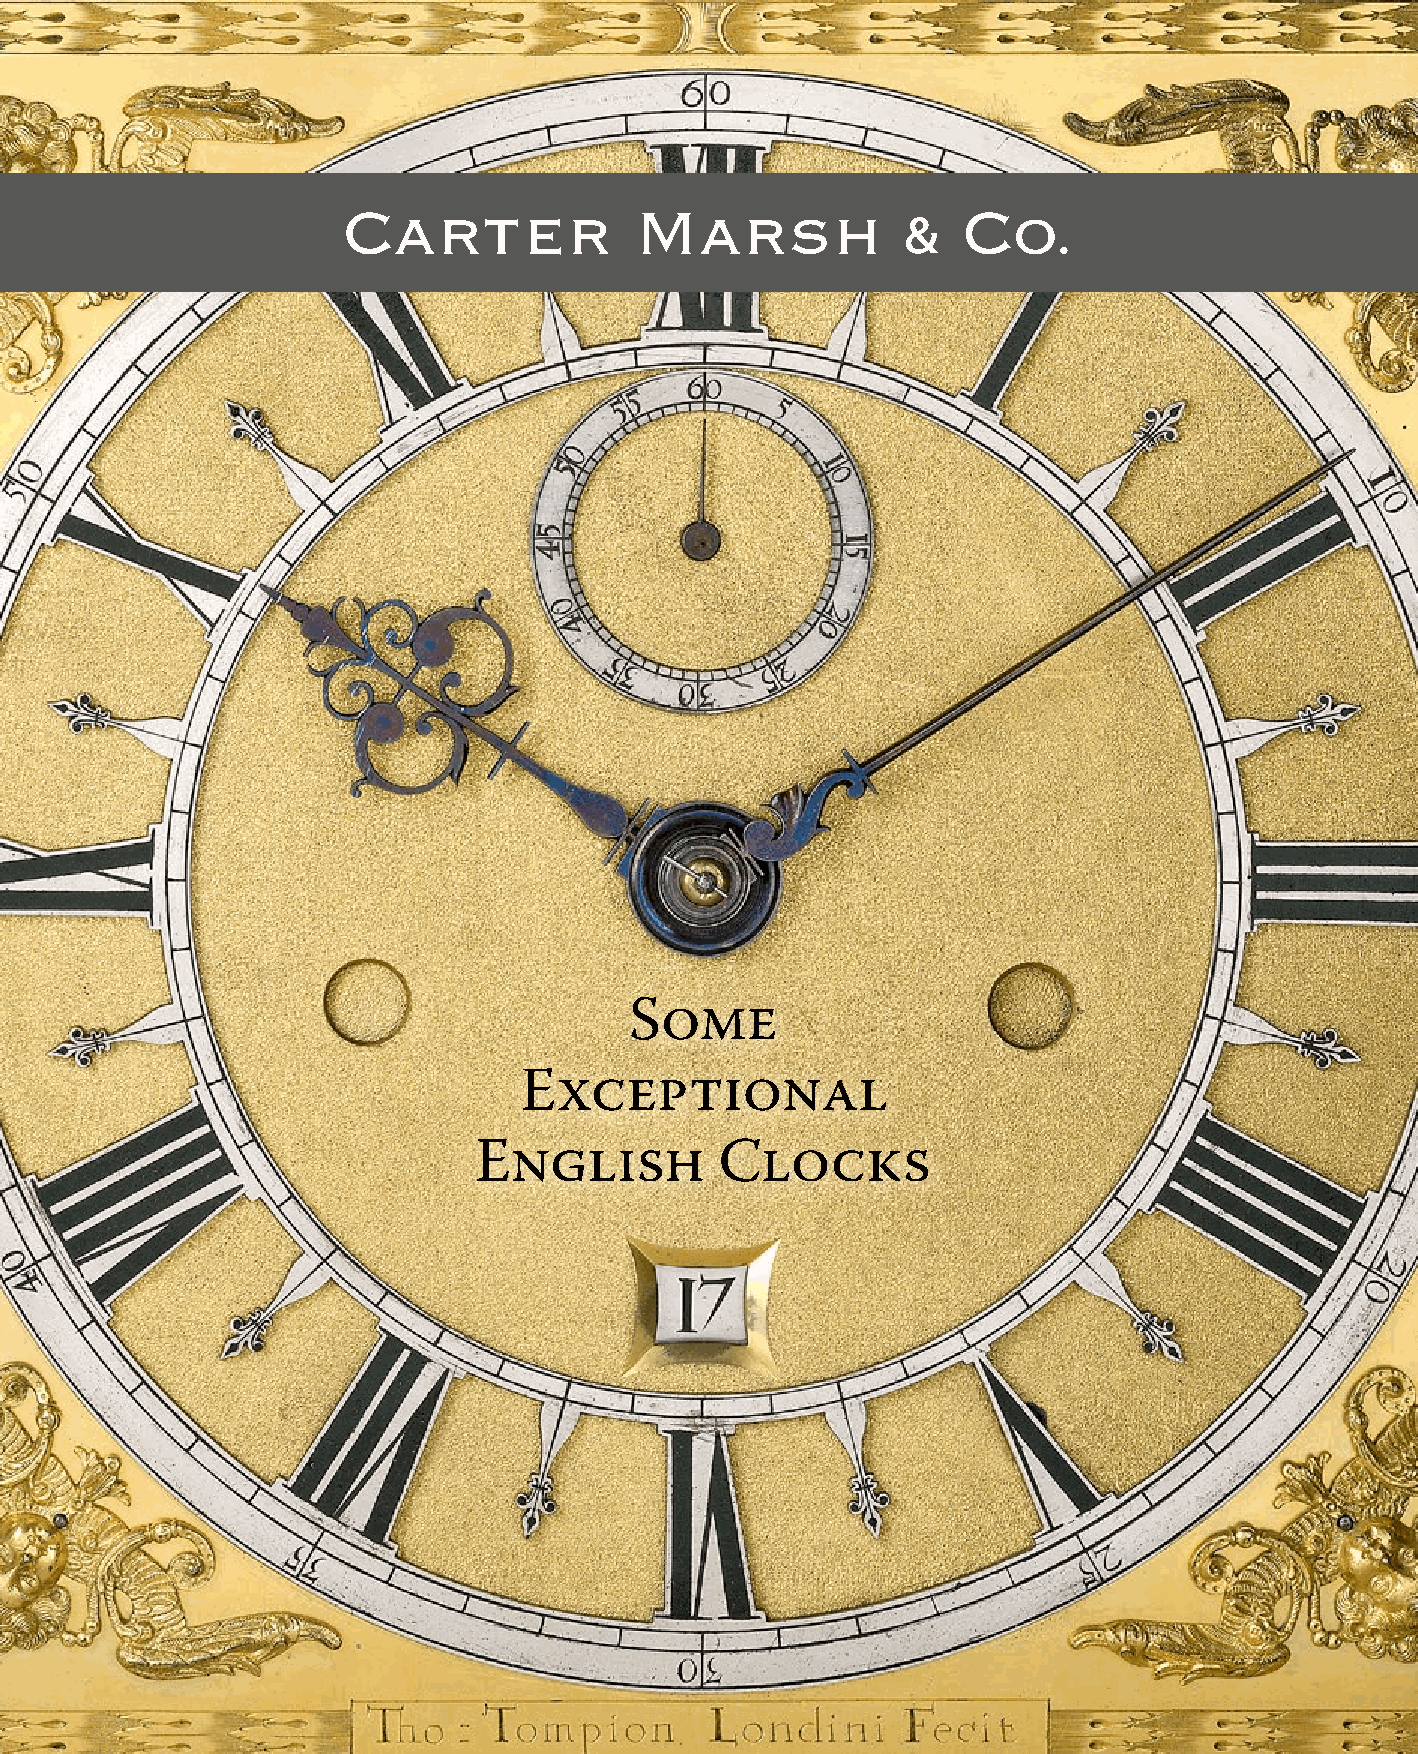
Carter             Marsh                 Co.
 SOME
 EXCEPTIONAL
 ENGLISH          CLOCKS